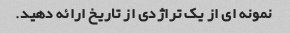
نمونه ای از یک تراژدی از تاریخ ارائه دهید.